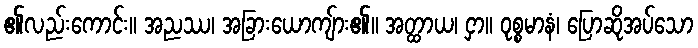
၏လည်းကောင်း။ အညဿ၊ အခြားယောကျ်ား၏။ အတ္ထာယ၊ ငှာ။ ဝုစ္စမာနံ၊ ပြောဆိုအပ်သော